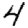
Digit: 4